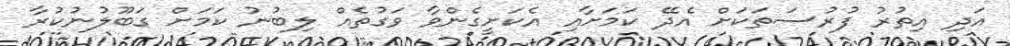
އަދި އިތުރު ފުރުސަތަކަށް އެދޭ ކަމަށާއި އެކަށީގެންވާ ވަގުތެއް ލިބުނު ކަމަށް ގަބޫލުނުކުރާ